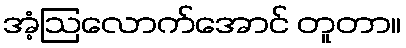
အံ့ဩလောက်အောင် တူတာ။